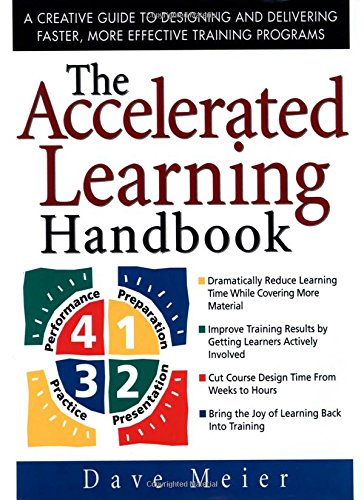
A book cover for The Accelerated Learning Handbook: A Creative Guide to Designing and Delivering Faster, More Effective Training Programs; Dave Meier; Business & Money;